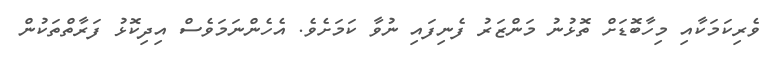
ވެރިކަމަކާއި މިހާބޮޑަށް ތޮޅުނު މަންޒަރު ފެނިފައި ނުވާ ކަމަށެވެ. އެހެންނަމަވެސް އިދިކޮޅު ފަރާތްތަކުން